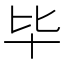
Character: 毕